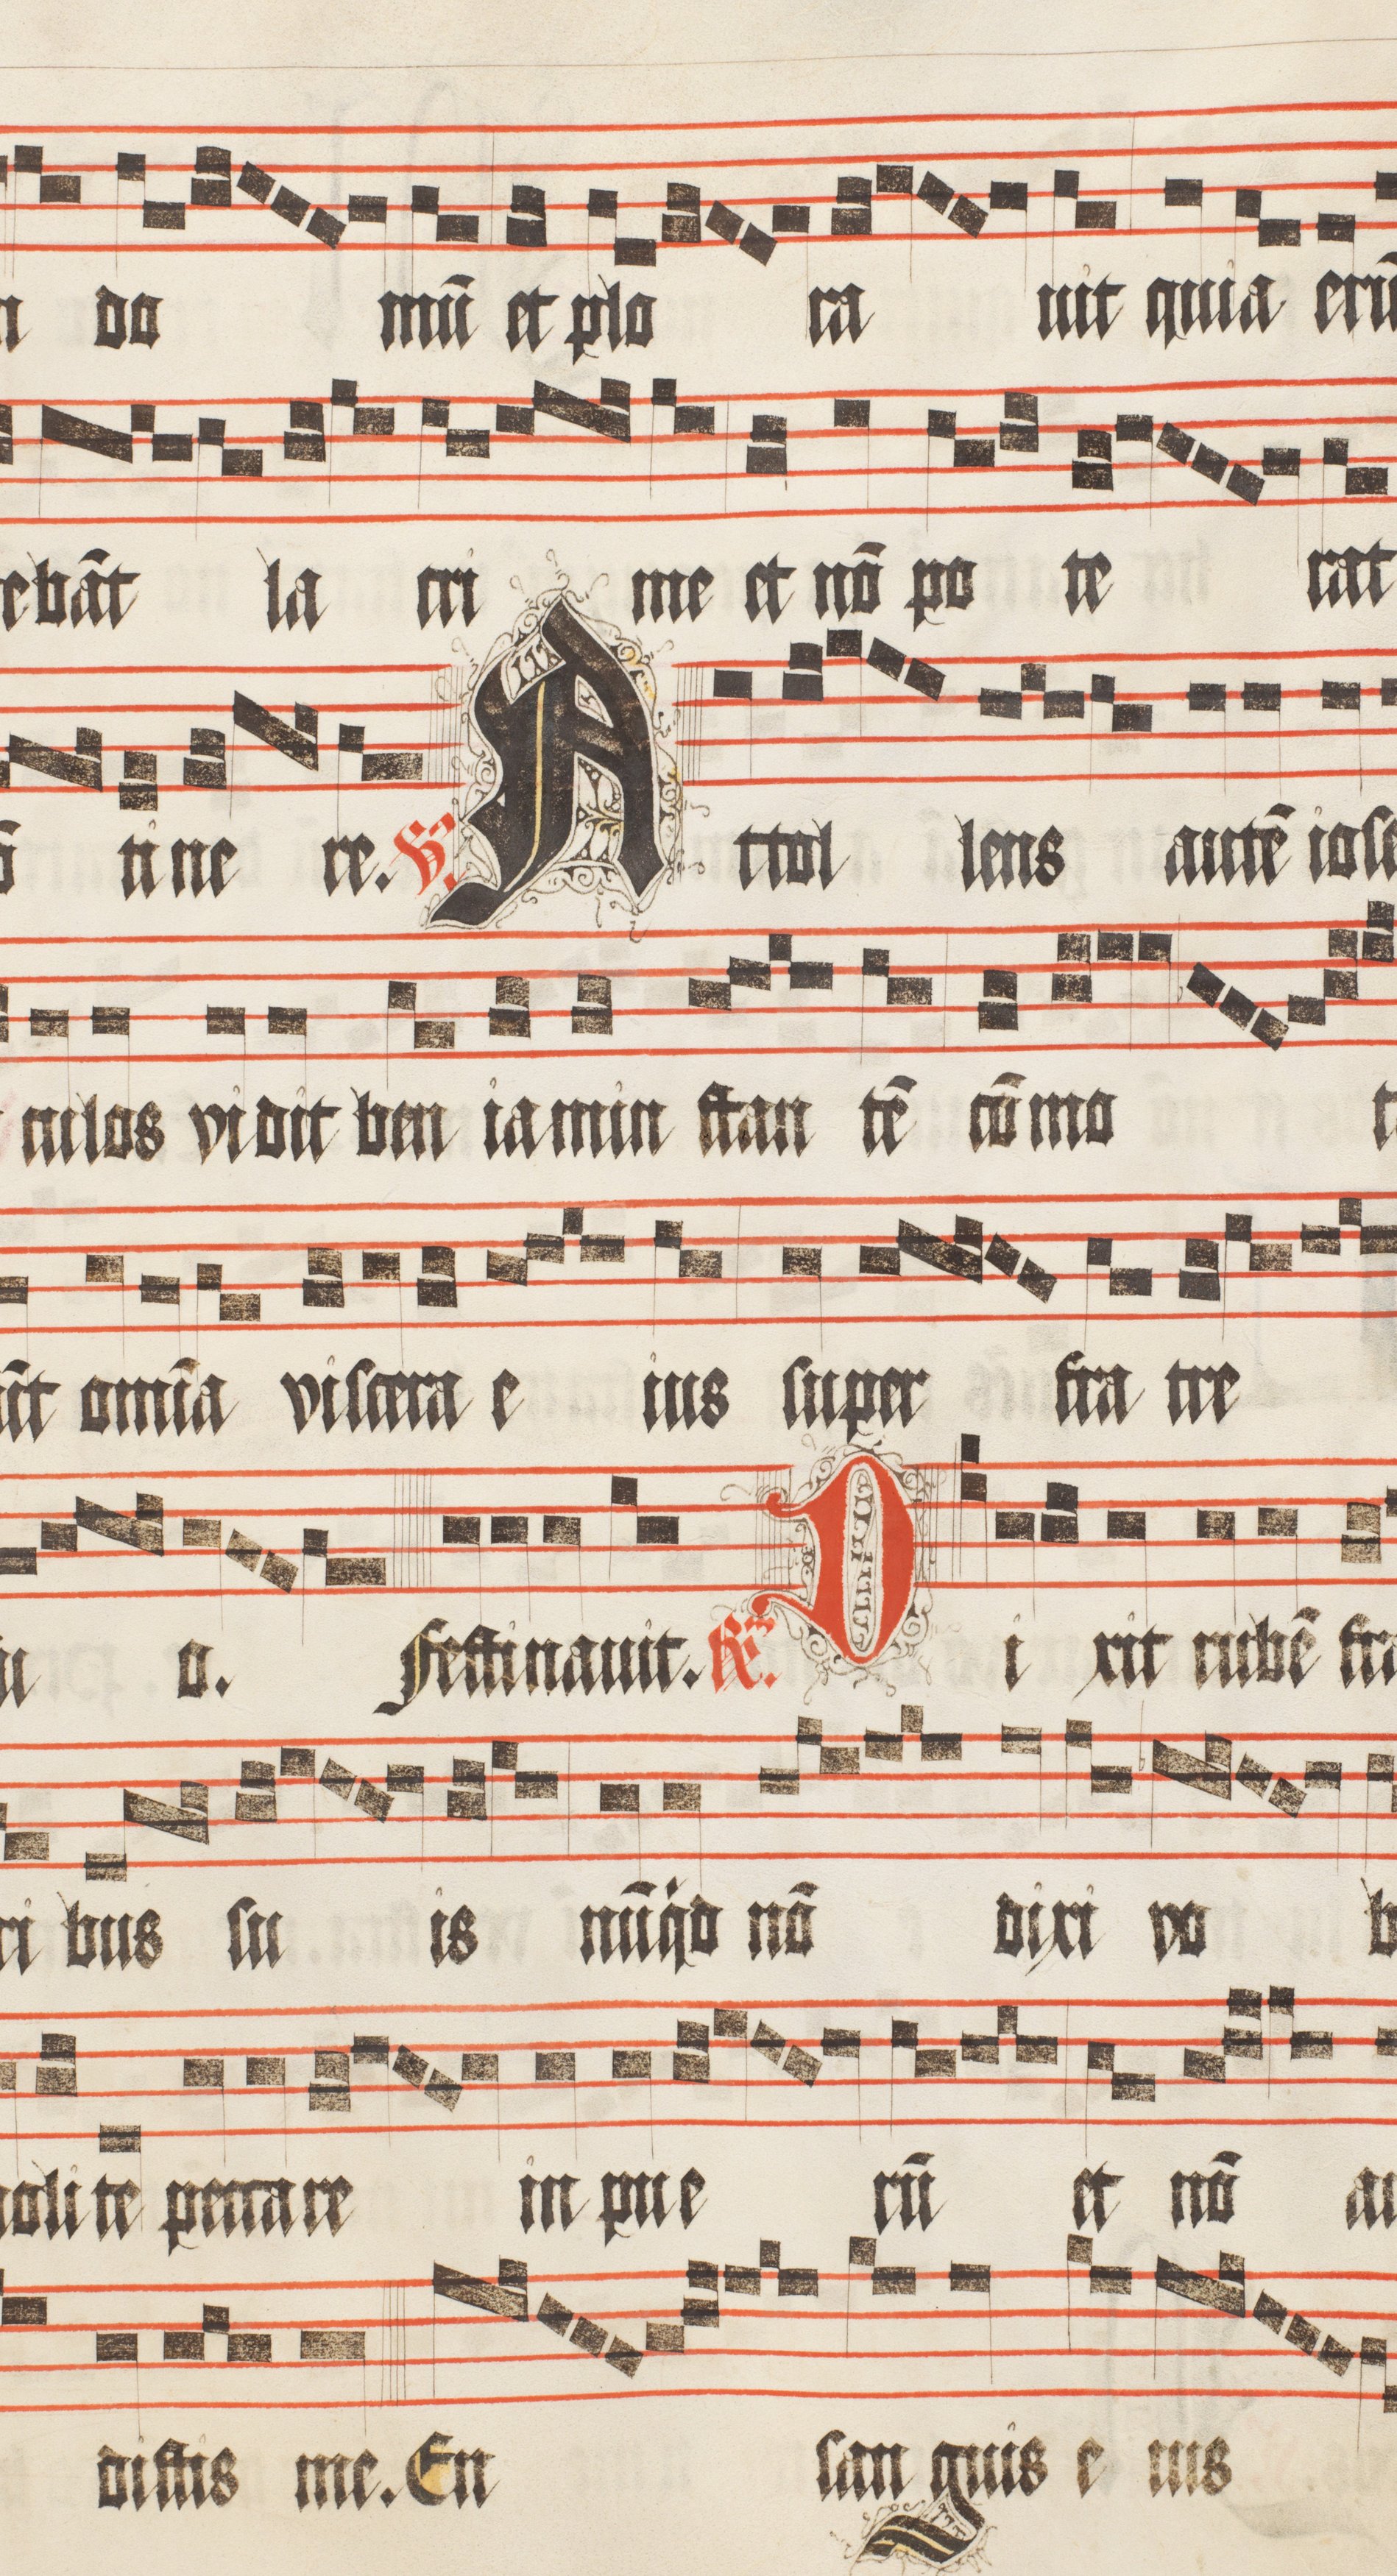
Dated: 1511–1517